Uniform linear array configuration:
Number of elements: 8
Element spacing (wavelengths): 0.25
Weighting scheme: hann
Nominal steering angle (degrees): -60
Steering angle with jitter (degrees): -59.626
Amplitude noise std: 0.05
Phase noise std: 0.05

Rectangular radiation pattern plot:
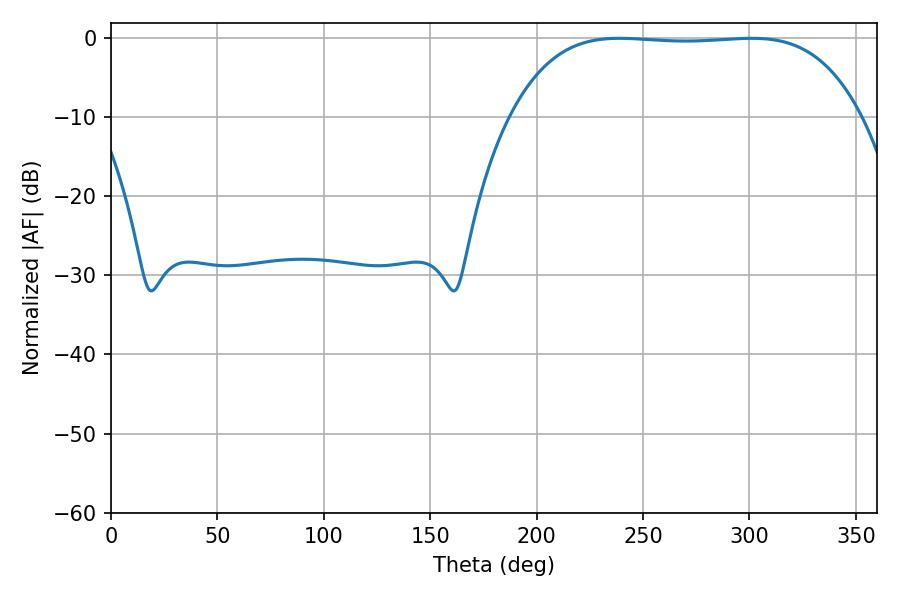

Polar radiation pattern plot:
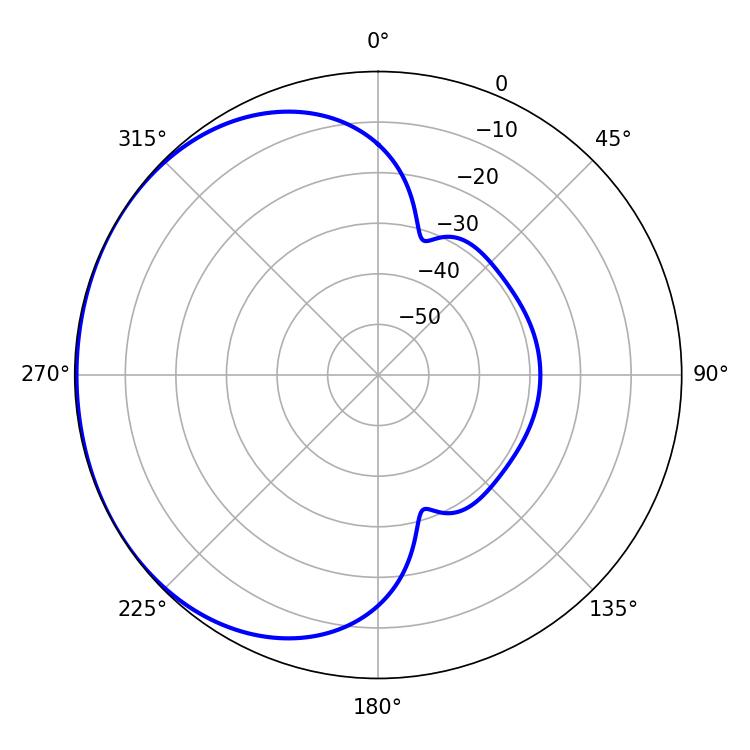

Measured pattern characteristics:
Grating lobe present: FALSE
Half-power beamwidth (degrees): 127.8
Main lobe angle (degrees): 301.14